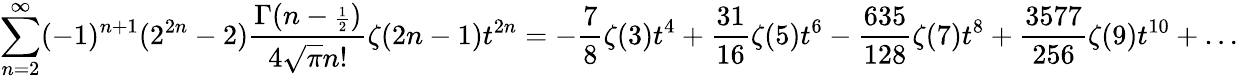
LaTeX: \sum_{n=2}^{\infty}(-1)^{n+1}(2^{2n}-2){\frac{\Gamma(n-{\scriptstyle{\frac{1}{2}}})}{4\sqrt{\pi}n!}}\zeta(2n-1)t^{2n}=-{\frac{7}{8}}\zeta(3)t^{4}+{\frac{31}{16}}\zeta(5)t^{6}-{\frac{635}{128}}\zeta(7)t^{8}+{\frac{3577}{256}}\zeta(9)t^{10}+\ldots